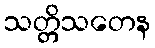
သတ္တိသတေန